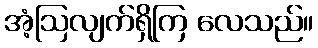
အံ့ဩလျက်ရှိကြ လေသည်။